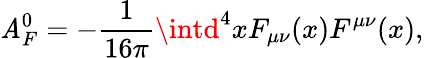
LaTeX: {\cal\mathit{A}}_{F}^{0}=-\frac{{1}}{{16\pi}}\intd^{4}xF_{\mu\nu}(x)F^{\mu\nu}(x),